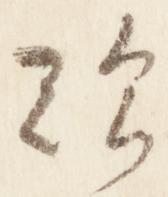
歎